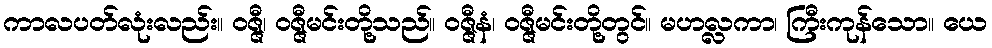
ကာလပတ်လုံးလည်း။ ဝဇ္ဇီ၊ ဝဇ္ဇီမင်းတို့သည်။ ဝဇ္ဇီနံ၊ ဝဇ္ဇီမင်းတို့တွင်။ မဟလ္လကာ၊ ကြီးကုန်သော။ ယေ